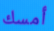
أمسك